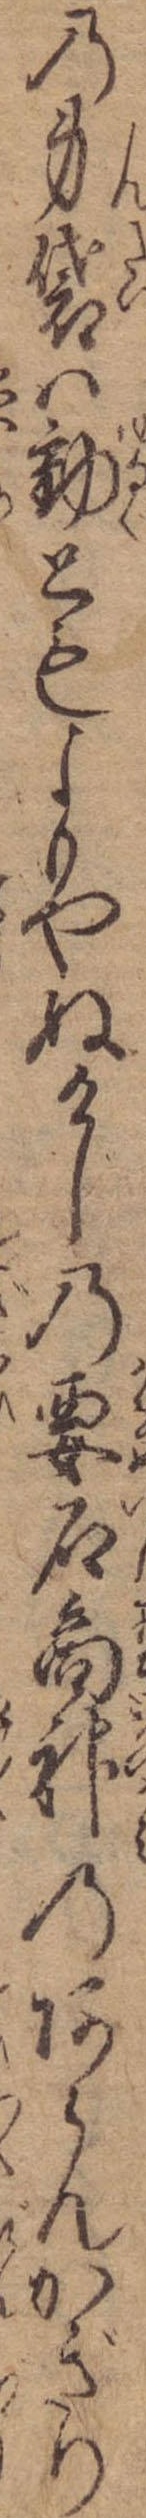
の身袋は動ともよもやぬけじの要石商神のあらんかぎり